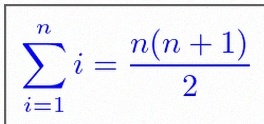
\sum_{i=1}^{n}i=\frac{n(n+1)}2